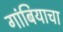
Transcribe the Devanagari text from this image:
गांबियाचा